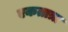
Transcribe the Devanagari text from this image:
एकतात्रा